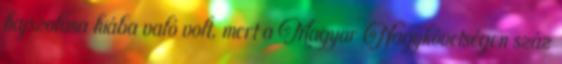
hajszolása hiába való volt, mert a Magyar Nagykövetségen száz